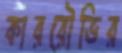
কাররৌভির